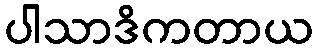
ပါသာဒိကတာယ